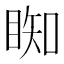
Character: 𥇭